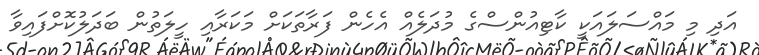
އަދި މި މައްސަލައަކީ ކާޓިއުންސްގެ މުދަލެއް އެހެން ފަރާތަކަށް މަކަރާއި ހީލަތުން ބަދަލުކޮށްފައިވާ